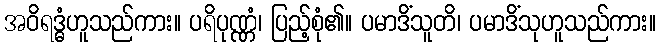
အဝိရဒ္ဓံဟူသည်ကား။ ပရိပုဏ္ဏံ၊ ပြည့်စုံ၏။ ပမာဒိံသူတိ၊ ပမာဒိံသုဟူသည်ကား။